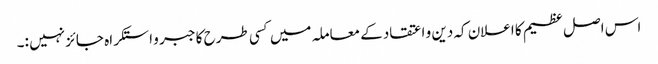
اس اصل عظیم کا اعلان کہ دین و اعتقاد کے معاملہ میں کسی طرح کا جبر و استکراہ جائز نہیں :۔